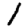
Digit: 1